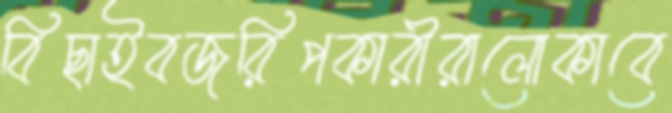
বিছাইবজরিপকারীরালোকাবে